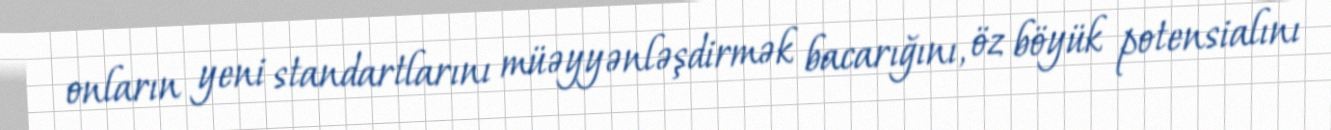
onların yeni standartlarını müəyyənləşdirmək bacarığını, öz böyük potensialını